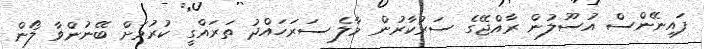
ފައިނޭންސް އުސޫލުން ރާއްޖޭގެ ސަރުކާރުން މާލެ ސަރަހައްދު ތަރައްގީ ކުރުމަށް ބޭނުންވާ ލޯން